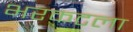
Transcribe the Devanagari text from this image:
भरकटला